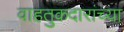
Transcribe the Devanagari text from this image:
वाहतुकदारांच्या